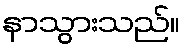
နာသွားသည်။